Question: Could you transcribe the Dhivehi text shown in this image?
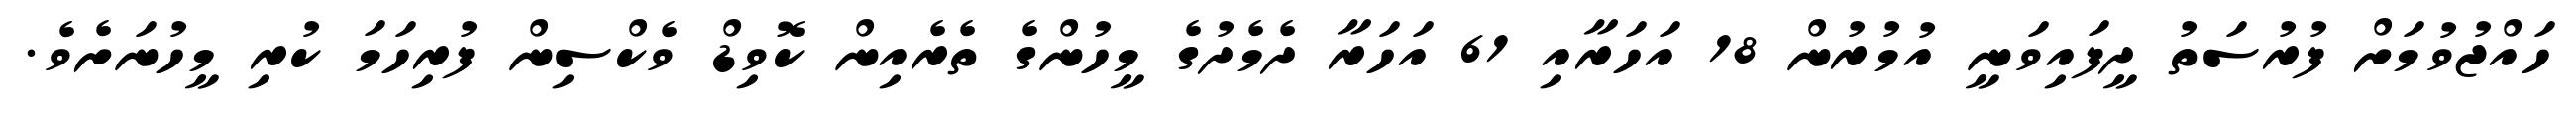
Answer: ހައްޖުވުމަށް ފުރުސަތު ދީފައިވަނީ އުމުރުން 18 އަހަރާއި 61 އަހަރާ ދެމެދުގެ މީހުންގެ ތެރެއިން ކޮވިޑް ވެކްސިން ފުރިހަމަ ކުރި މީހުނަށެވެ.